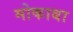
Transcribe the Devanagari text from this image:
मोकाबा